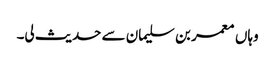
وہاں معمر بن سلیمان سے حدیث لی۔